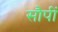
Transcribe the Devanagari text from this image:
सौपीं